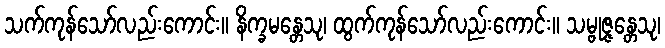
သက်ကုန်သော်လည်းကောင်း။ နိက္ခမန္တေသု၊ ထွက်ကုန်သော်လည်းကောင်း။ သမ္ဗုဇ္ဇန္တေသု၊